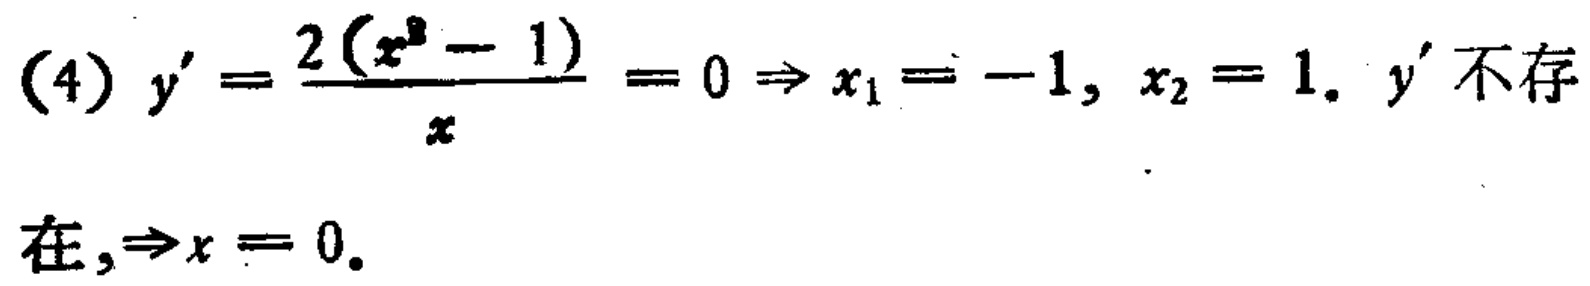
(4) \(y'=\frac{2(x^{2} - 1)}{x}=0\Rightarrow x_{1}=-1,x_{2}=1.\ y'\)不存
在,\(\Rightarrow x = 0.\)